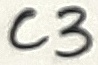
Text: C3